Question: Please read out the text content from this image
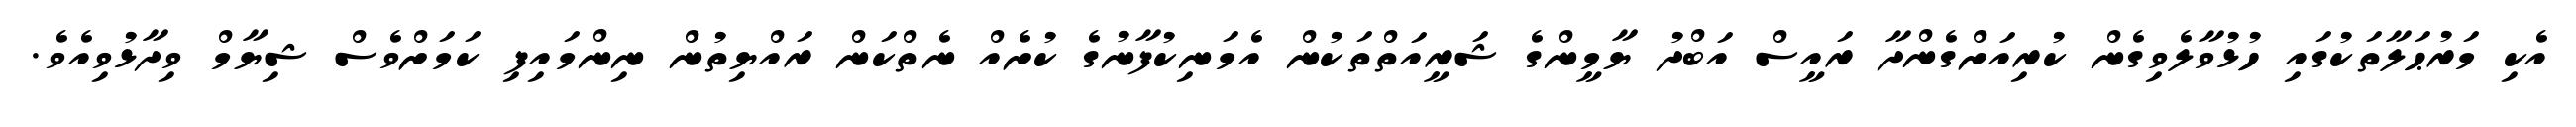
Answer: އެކި މަރުޙަލާތަކުގައި ހުޅުވާލެވިގެން ކުރިއަށްގެންދާ ރައީސް އަބްދު ޔާމީންގެ ޝަރީއަތްތަކުން އެމަނިކުފާނުގެ ކުށެއް ނެތްކަން ރައްޔިތުން ނިންމައިފި ކަމަށްވެސް ޝިޔާމް ވިދާޅުވިއެވެ.